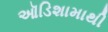
ઑડિશામાથી